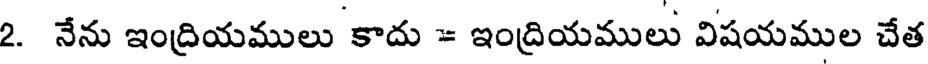
2. నేను ఇంద్రియములు కాదు = ఇంద్రియములు విషయముల చేత